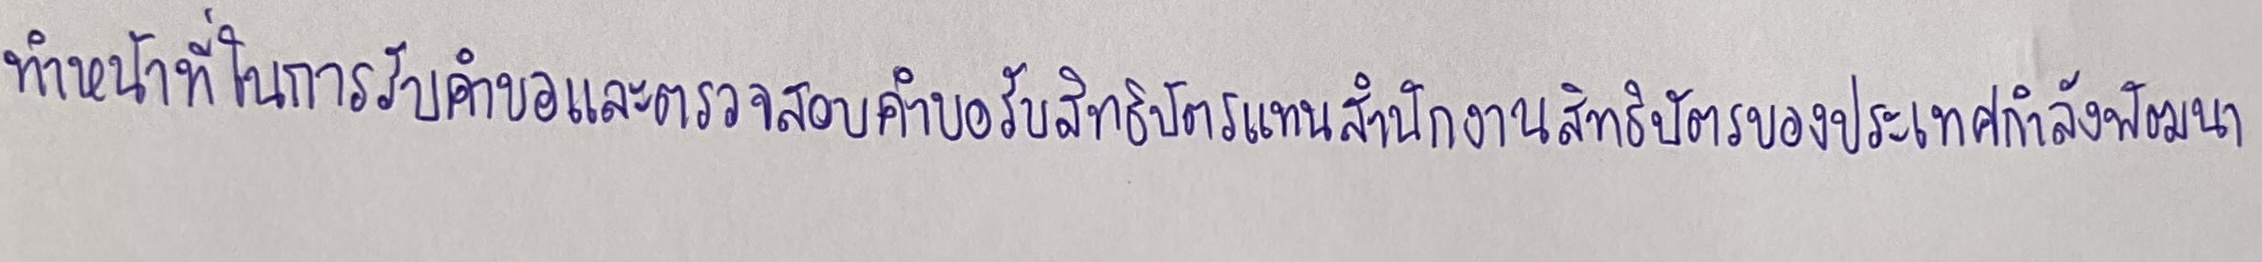
ทำหน้าที่ในการรับคำขอและตรวจสอบคำขอรับสิทธิบัตรแทนสำนักงานสิทธิบัตรของประเทศกำลังพัฒนา